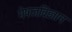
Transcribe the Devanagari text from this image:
भेषजविज्ञान